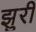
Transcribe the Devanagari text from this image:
झुरी